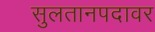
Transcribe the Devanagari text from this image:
सुलतानपदावर